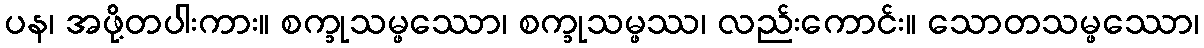
ပန၊ အဖို့တပါးကား။ စက္ခုသမ္ဖဿော၊ စက္ခုသမ္ဖဿ၊ လည်းကောင်း။ သောတသမ္ဖဿော၊